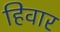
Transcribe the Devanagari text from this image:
हिवार